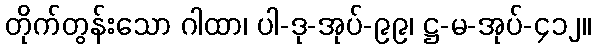
တိုက်တွန်းသော ဂါထာ၊ ပါ-ဒု-အုပ်-၉၉၊ ဋ္ဌ-မ-အုပ်-၄၁၂။